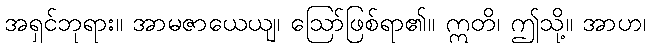
အရှင်ဘုရား။ အာမဇာယေယျ၊ ဩော်ဖြစ်ရာ၏။ ဣတိ၊ ဤသို့။ အာဟ၊